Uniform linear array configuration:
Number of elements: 12
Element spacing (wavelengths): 0.25
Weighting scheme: exponential
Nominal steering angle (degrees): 30
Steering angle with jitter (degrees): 29.139
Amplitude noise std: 0.05
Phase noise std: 0.05

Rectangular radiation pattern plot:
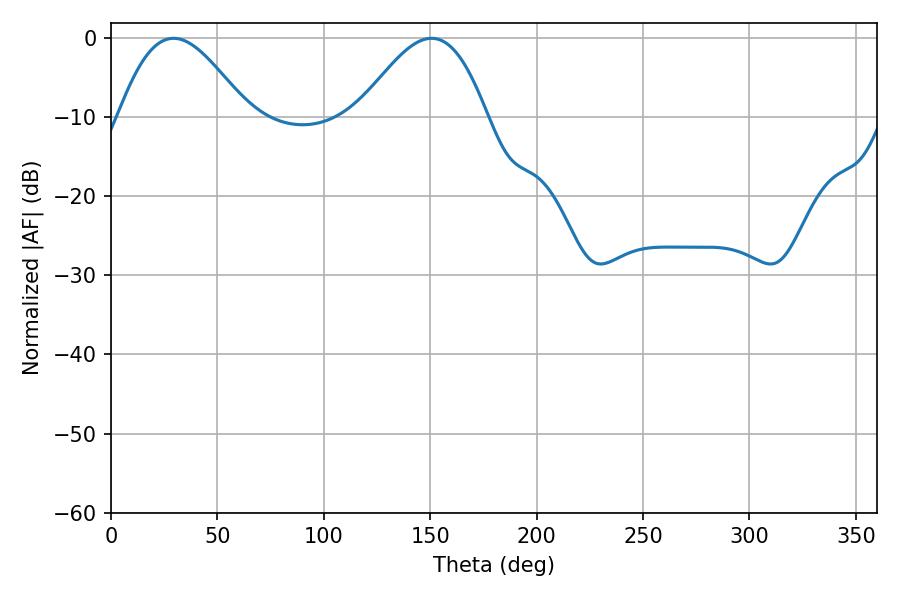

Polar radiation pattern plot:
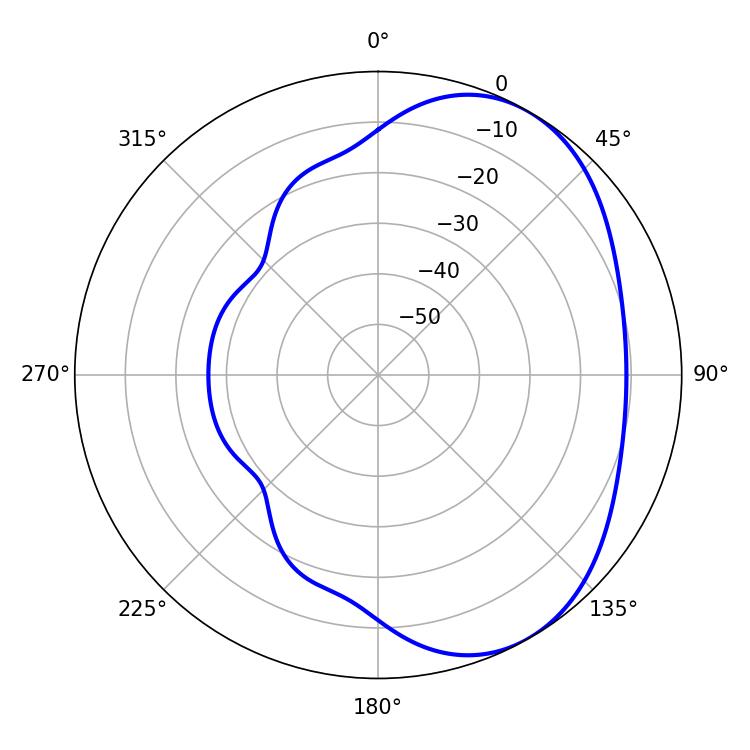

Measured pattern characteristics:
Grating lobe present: FALSE
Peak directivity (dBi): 4.532
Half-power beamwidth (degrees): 32.58
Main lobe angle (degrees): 29.34